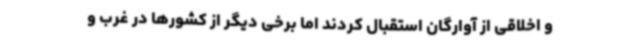
و اخلاقی از آوارگان استقبال کردند اما برخی دیگر از کشورها در غرب و